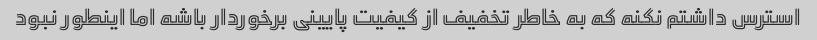
استرس داشتم نکنه که به خاطر تخفیف از کیفیت پایینی برخوردار باشه اما اینطور نبود